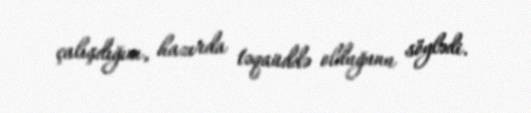
çalışdığını, hazırda təqaüddə olduğunu söylədi.